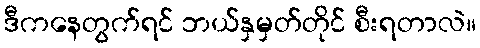
ဒီကနေတွက်ရင် ဘယ်နှမှတ်တိုင် စီးရတာလဲ။